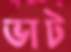
ভাট